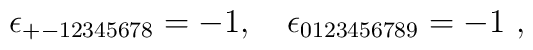
\qquad \epsilon_{+-12345678}=-1 , ~~~  \epsilon_{0123456789}= - 1 ~ ,